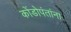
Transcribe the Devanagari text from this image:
कोंडोपंतांना